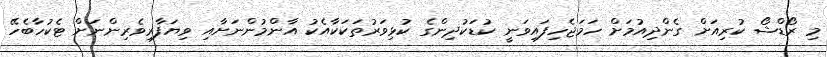
މި ރޯޑްޝޯ ކުރިއަށް ގެންދިއުމަށް ހަމަޖެހިފައިވަނީ ކުޑަކުދިންގެ ކުޅިވަރުތަކަކާއެކު އާންމުންނަށާއި ވިޔަފާރިވެރިންނަށް ޓެކުހާބެހޭ